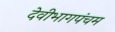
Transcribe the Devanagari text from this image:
देवीभागपंचम